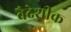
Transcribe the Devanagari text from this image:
वैदेशीक